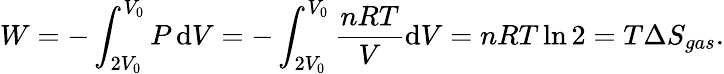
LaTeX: W=-\int_{2V_{0}}^{V_{0}}P\, \mathrm{d}V=-\int_{2V_{0}}^{V_{0}}{\frac{nRT}{V}}\mathrm{d}V=nRT\ln 2=T\Delta S_{gas}.